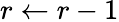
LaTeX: r\leftarrow r-1